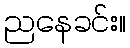
ညနေခင်း။